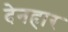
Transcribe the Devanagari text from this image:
देनहार